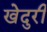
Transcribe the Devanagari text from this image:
खेदुरी